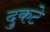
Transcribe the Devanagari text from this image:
दुकटे